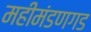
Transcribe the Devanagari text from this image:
महीमंडणगड